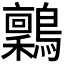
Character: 𬷶